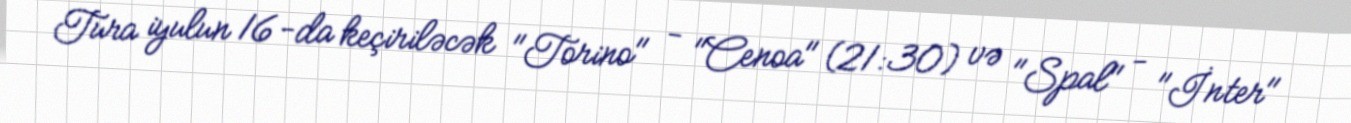
Tura iyulun 16-da keçiriləcək "Torino" - "Cenoa" (21:30) və "Spal" - "İnter"